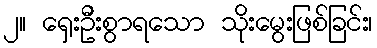
၂။ ရှေးဦးစွာရသော သိုးမွေးဖြစ်ခြင်း၊